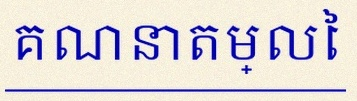
គណនាតម្លៃ